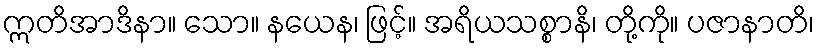
ဣတိအာဒိနာ။ သော။ နယေန၊ ဖြင့်။ အရိယသစ္စာနိ၊ တို့ကို။ ပဇာနာတိ၊